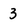
Character: 3